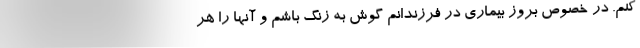
کنم. در خصوص بروز بیماری در فرزندانم گوش به زنگ باشم و آنها را هر